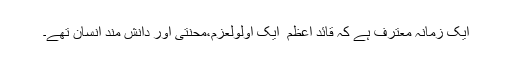
ایک زمانہ معترف ہے کہ قائد اعظم ؒ ایک اُولُولعزم،محنتی اور دانش مند انسان تھے۔